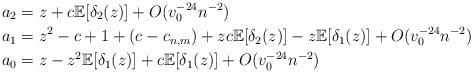
LaTeX: \begin{align*} & a_2 = z + c \mathbb{E}[\delta_2(z)] + O(v_0^{-24}n^{-2}) \\ & a_1 = z^2 - c + 1 + (c-c_{n,m}) + z c \mathbb{E}[\delta_2(z)] - z \mathbb{E}[\delta_1(z)] + O(v_0^{-24}n^{-2}) \\ & a_0 = z - z^2\mathbb{E}[\delta_1(z)] +c \mathbb{E}[\delta_1(z)] + O(v_0^{-24}n^{-2}) \end{align*}